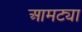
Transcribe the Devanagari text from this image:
आमट्या